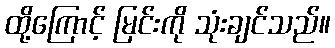
ထို့ကြောင့် မြင်းကို သုံးချင်သည်။